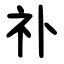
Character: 䃼